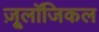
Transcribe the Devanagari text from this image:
ज़ू्लॉजिकल